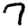
Digit: 7